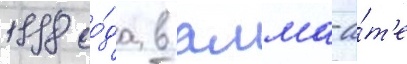
1998 го́да в алма-а́т'е